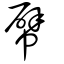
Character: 幦